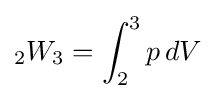
{}_{2}W_{3}=\int _{2}^{3}{p\,dV}